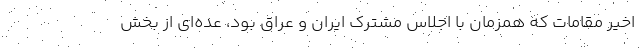
اخیر مقامات که همزمان با اجلاس مشترک ایران و عراق بود، عده‌ای از بخش